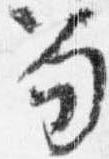
笏